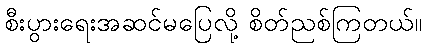
စီးပွားရေးအဆင်မပြေလို့ စိတ်ညစ်ကြတယ်။